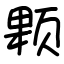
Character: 颗